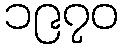
၁၉၇၀